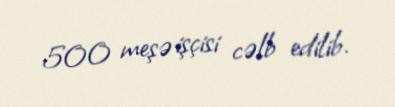
500 meşə işçisi cəlb edilib.